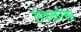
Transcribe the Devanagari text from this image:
लेफकोशा